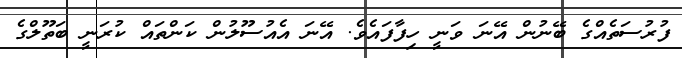
ފުރުސަތެއްގެ ބޭނުން އޭނަ ވަނީ ހިފާފައެވެ. އޭނަ އެއުސޫލުން ކަންތައް ކުރަނީ ބަތޫލްގެ